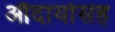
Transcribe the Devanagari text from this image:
औदार्यासह